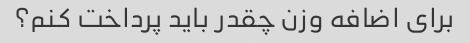
برای اضافه وزن چقدر باید پرداخت کنم؟